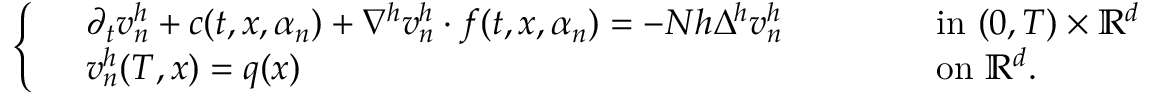
\left\{ \begin{array} { r l r l } & { \partial _ { t } v _ { n } ^ { h } + c ( t , x , \alpha _ { n } ) + \nabla ^ { h } v _ { n } ^ { h } \cdot f ( t , x , \alpha _ { n } ) = - N h \Delta ^ { h } v _ { n } ^ { h } \qquad } & & { \mathrm { ~ i n ~ } ( 0 , T ) \times { \mathbb { R } } ^ { d } } \\ & { v _ { n } ^ { h } ( T , x ) = q ( x ) \qquad } & & { \mathrm { ~ o n ~ } { \mathbb { R } } ^ { d } . } \end{array} \right.